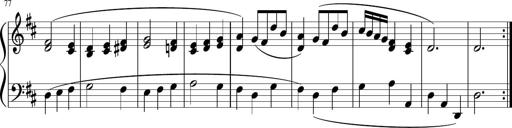
Title: 12 Keyboard Sonatinas
Composer: James Hook